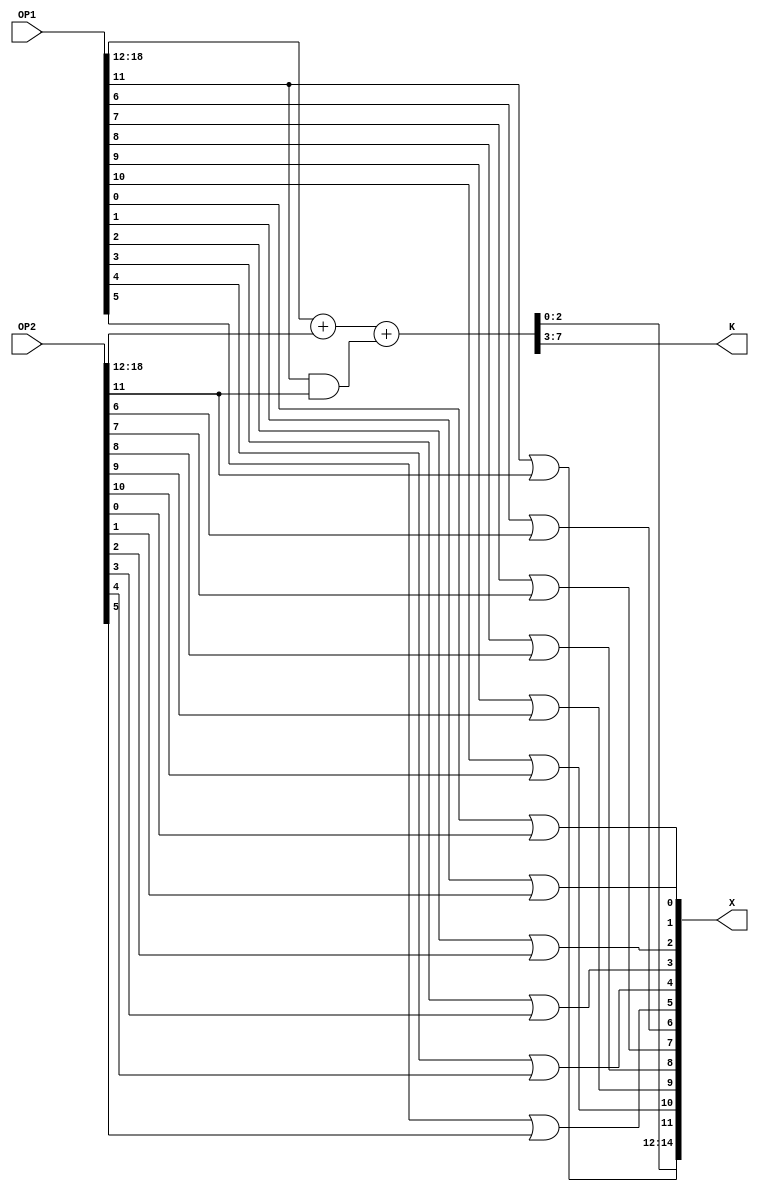
// MIT License
// 
// Copyright (c) 2021-2024 iCAS Lab
// 
// Permission is hereby granted, free of charge, to any person obtaining a copy
// of this software and associated documentation files (the "Software"), to deal
// in the Software without restriction, including without limitation the rights
// to use, copy, modify, merge, publish, distribute, sublicense, and/or sell
// copies of the Software, and to permit persons to whom the Software is
// furnished to do so, subject to the following conditions:
// 
// The above copyright notice and this permission notice shall be included in all
// copies or substantial portions of the Software.
// 
// THE SOFTWARE IS PROVIDED "AS IS", WITHOUT WARRANTY OF ANY KIND, EXPRESS OR
// IMPLIED, INCLUDING BUT NOT LIMITED TO THE WARRANTIES OF MERCHANTABILITY,
// FITNESS FOR A PARTICULAR PURPOSE AND NONINFRINGEMENT. IN NO EVENT SHALL THE
// AUTHORS OR COPYRIGHT HOLDERS BE LIABLE FOR ANY CLAIM, DAMAGES OR OTHER
// LIABILITY, WHETHER IN AN ACTION OF CONTRACT, TORT OR OTHERWISE, ARISING FROM,
// OUT OF OR IN CONNECTION WITH THE SOFTWARE OR THE USE OR OTHER DEALINGS IN THE
// SOFTWARE.

// Company: iCAS Lab, University of South Carolina
// Design Name: 
// Module Name: LOA
// Project Name: 
// Target Devices: 
// Tool Versions: 
// Description: 
// 
// Dependencies: 
// 
// Revision:
// Revision 0.01 - File Created
// Additional Comments:
// 
//////////////////////////////////////////////////////////////////////////////////


`timescale 1ns / 1ps

module LOA #(parameter LOG2_WIDTH = 4, WIDTH = 2**LOG2_WIDTH, M = 12) //M is LOA parameter
(
input	wire		[LOG2_WIDTH+WIDTH-2:0]	OP1,OP2,
output	wire		[WIDTH-2:0]				X,
output	wire		[LOG2_WIDTH:0]			K
);

wire	[LOG2_WIDTH+WIDTH-1:0]	sum ;
wire							Cin ;
// declare for generate loop variable
genvar i ; 

  generate
    for ( i=0 ; i < M ; i = i + 1 )
	  begin
        assign sum[i] = OP1[i] | OP2[i] ;
	  end
  endgenerate

assign	Cin = OP1[M-1] & OP2[M-1] ;

assign	sum[LOG2_WIDTH+WIDTH-1:M] = OP1[LOG2_WIDTH+WIDTH-2:M] + OP2[LOG2_WIDTH+WIDTH-2:M] + Cin;

assign	X = sum[WIDTH-2:0] ;
assign	K = sum[LOG2_WIDTH+WIDTH-1:WIDTH-1] ;

endmodule